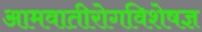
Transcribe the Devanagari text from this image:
आमवातीरोगविशेषज्ञ